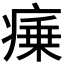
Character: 𭼜